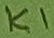
Text: K1